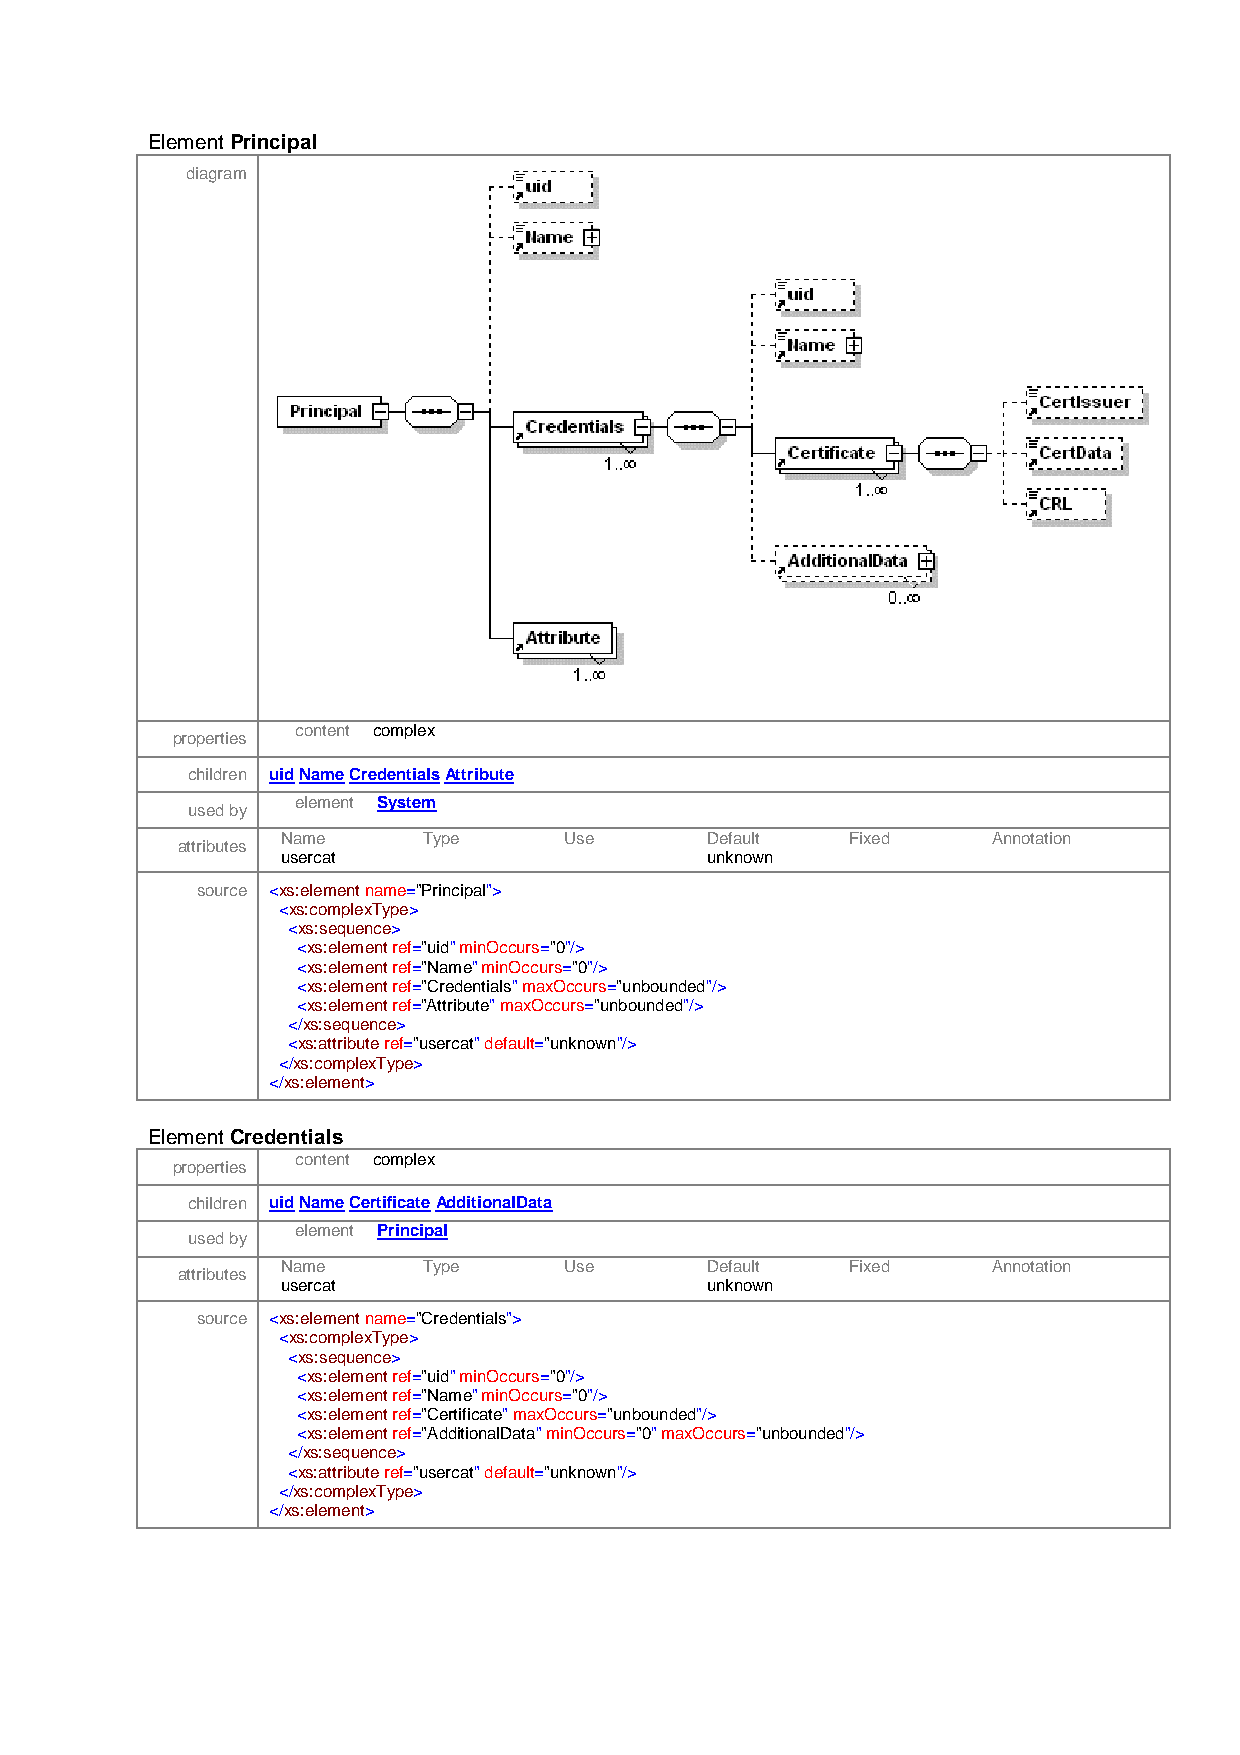
Element Principal
 diagram
 content complex
 properties
 children uid Name Credentials Attribute
 element System
 used by
 Name     Type     Use       Default  Fixed     Annotation
 attributes
 usercat                     unknown
 source <xs:element name="Principal">
 <xs:complexType>
 <xs:sequence>
 <xs:element ref="uid" minOccurs="0"/>
 <xs:element ref="Name" minOccurs="0"/>
 <xs:element ref="Credentials" maxOccurs="unbounded"/>
 <xs:element ref="Attribute" maxOccurs="unbounded"/>
 </xs:sequence>
 <xs:attribute ref="usercat" default="unknown"/>
 </xs:complexType>
 </xs:element>
 Element Credentials
 content complex
 properties
 children uid Name Certificate AdditionalData
 element Principal
 used by
 Name     Type     Use       Default  Fixed     Annotation
 attributes
 usercat                     unknown
 source <xs:element name="Credentials">
 <xs:complexType>
 <xs:sequence>
 <xs:element ref="uid" minOccurs="0"/>
 <xs:element ref="Name" minOccurs="0"/>
 <xs:element ref="Certificate" maxOccurs="unbounded"/>
 <xs:element ref="AdditionalData" minOccurs="0" maxOccurs="unbounded"/>
 </xs:sequence>
 <xs:attribute ref="usercat" default="unknown"/>
 </xs:complexType>
 </xs:element>